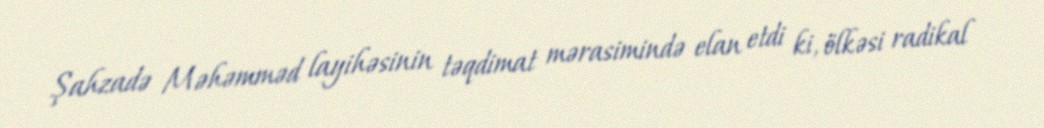
Şahzadə Məhəmməd layihəsinin təqdimat mərasimində elan etdi ki, ölkəsi radikal